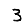
Digit: 3